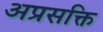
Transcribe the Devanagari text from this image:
अप्रसक्ति